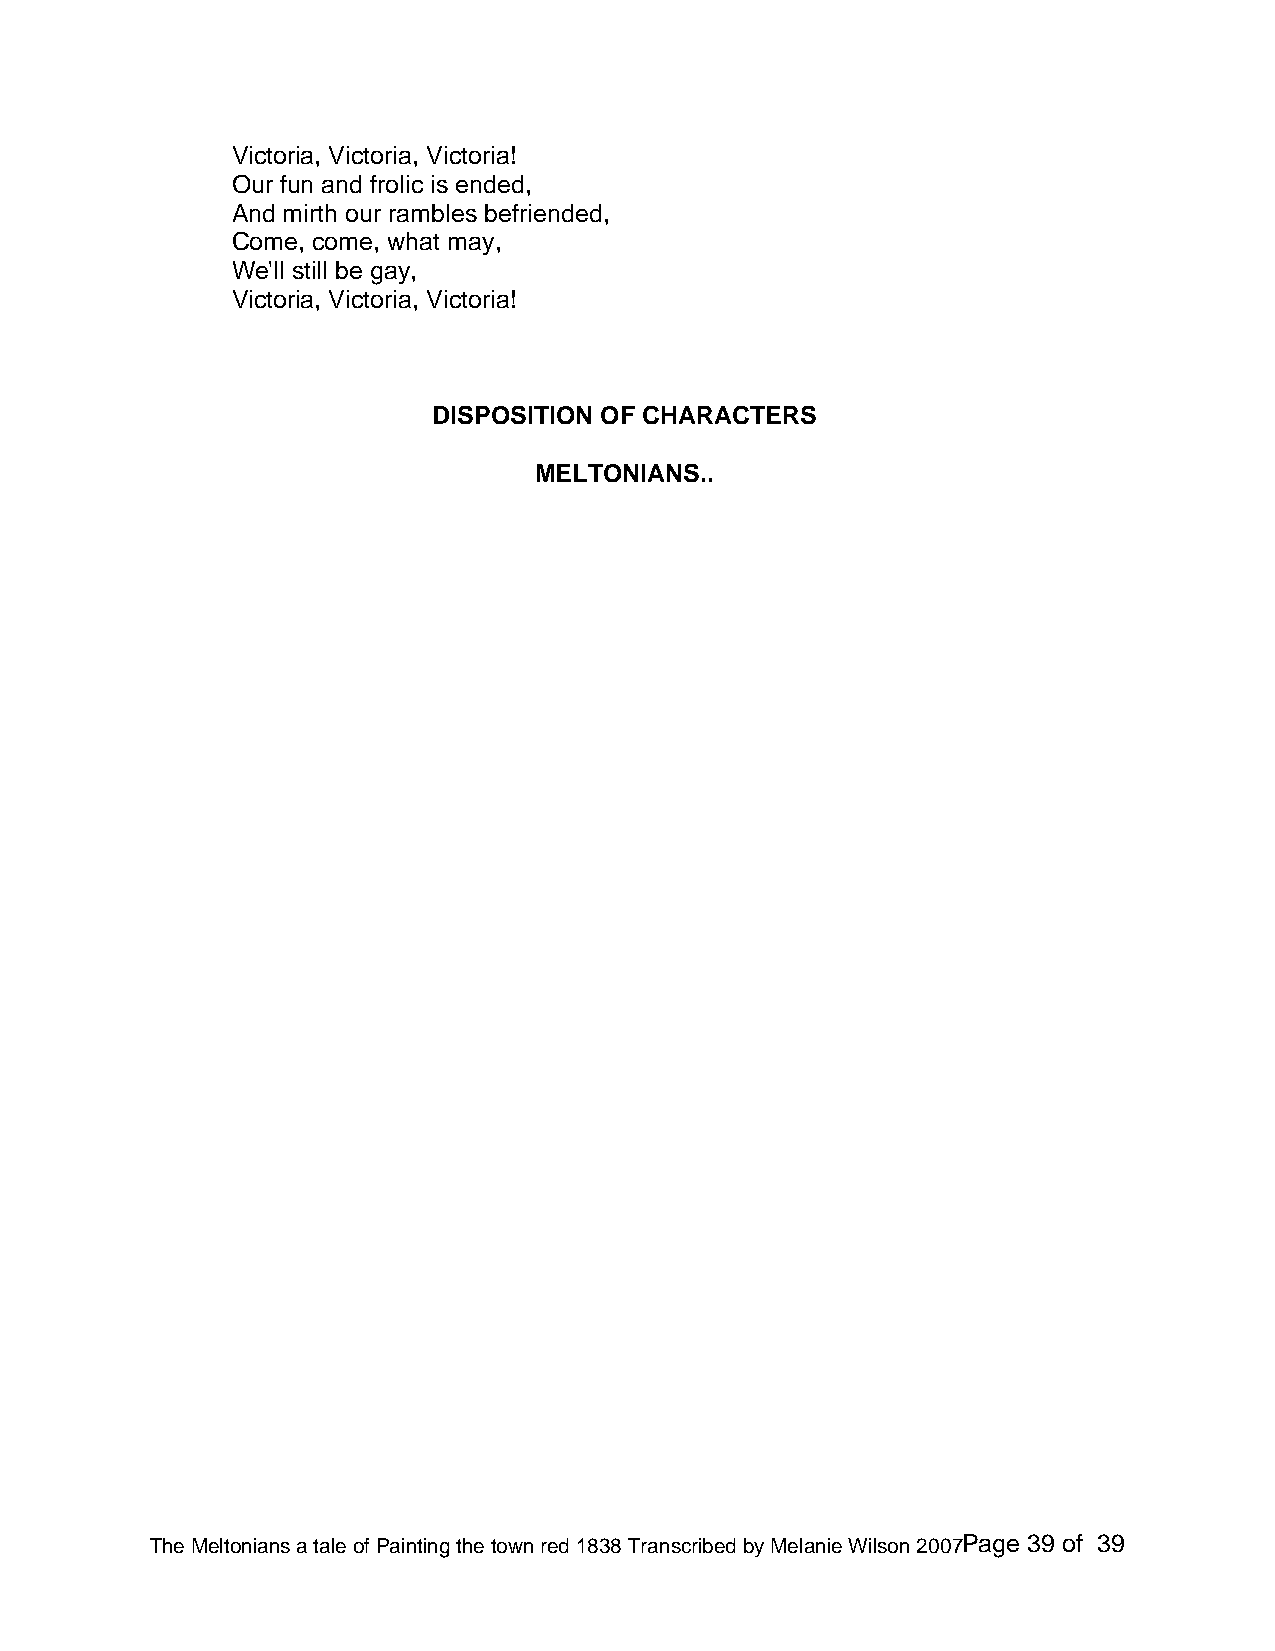
Victoria, Victoria, Victoria!
 Our fun and frolic is ended,
 And mirth our rambles befriended,
 Come, come, what may,
 We'll still be gay,
 Victoria, Victoria, Victoria!
 DISPOSITION OF CHARACTERS
 MELTONIANS..
 The Meltonians a tale of Painting the town red 1838 Transcribed by Melanie Wilson 2007Page 39 of 39